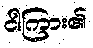
ငါကြား၏